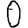
Digit: 0